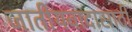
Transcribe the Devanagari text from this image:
जातीयवादासाठी